Indian journal of veterinary science and animal husbandry - Volume 2,
Year: 1932
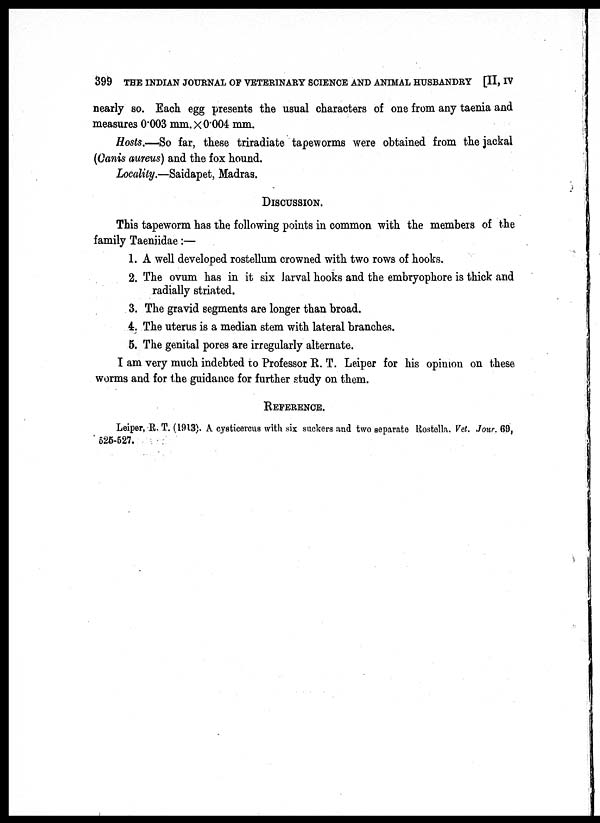
399 THE INDIAN JOURNAL OF VETERINARY SCIENCE AND ANIMAL HUSBANDRY [II, IV
nearly so. Each egg presents the usual characters of one from any taenia and
measures 0.003 mm.× 0.004 mm.
Hosts.—So far, these triradiate tapeworms were obtained from the jackal
(Canis aureus) and the fox hound.
Locality.—Saidapet, Madras.
DISCUSSION.
This tapeworm has the following points in common with the members of the
family Taeniidae:—
1. A well developed rostellum crowned with two rows of hooks.
2. The ovum has in it six larval hooks and the embryophore is thick and
radially striated.
3. The gravid segments are longer than broad.
4. The uterus is a median stem with lateral branches.
5. The genital pores are irregularly alternate.
I am very much indebted to Professor R. T. Leiper for his opinion on these
worms and for the guidance for further study on them.
REFERENCE.
Leiper, R. T. (1913). A cysticercus with six suckers and two separate Rostella. Vet. Jour. 69,
525-527.